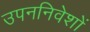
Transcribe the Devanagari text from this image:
उपननिवेशों